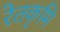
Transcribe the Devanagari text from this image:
रेतकृमि